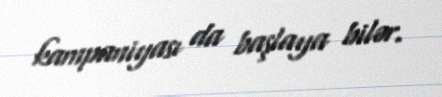
kampaniyası da başlaya bilər.